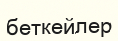
беткейлер